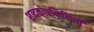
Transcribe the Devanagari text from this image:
शब्दकोषनिर्मिती